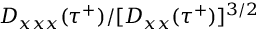
D _ { x x x } ( \tau ^ { + } ) / [ D _ { x x } ( \tau ^ { + } ) ] ^ { 3 / 2 }